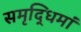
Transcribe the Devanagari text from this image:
समृद्धिमां